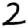
Digit: 2